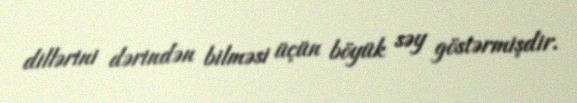
dillərini dərindən bilməsi üçün böyük səy göstərmişdir.